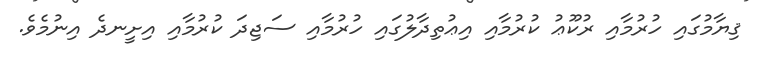
ޤިޔާމުގައި ހުރުމާއި ރުކޫޢު ކުރުމާއި އިޢުތިދާލުގައި ހުރުމާއި ސަޖިދަ ކުރުމާއި އިށީނދެ އިނުމެވެ.